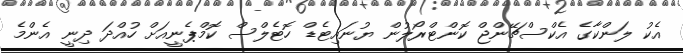
އެކު ލަންކާގެ އެކްސްޗޭންޖް ކޮންޓްރޯލުން ޔުނައިޓެޑް ހޮޓެލްސް ކޮމްޕެނީއަށް ހުއްދަ ދިނީ އެންމެ